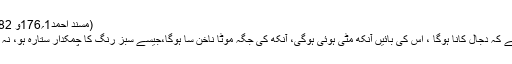
(مسند احمد1؍176و 182، السنۃ للامام عبداللہ بن احمد بن حنبل؍137)
بعض روایتوں میں دجال کے بارے میں وارد ہے کہ دجال کانا ہوگا ، اس کی بائیں آنکھ مٹی ہوئی ہوگی، آنکھ کی جگہ موٹا ناخن سا ہوگا،جیسے سبز رنگ کا چمکدار ستارہ ہو، نہ تو زیادہ ابھری ہوئی اور نہ ہی زیادہ دبی ہوئی۔